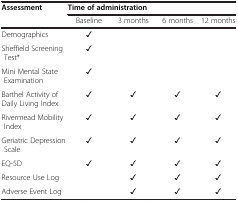
<table><thead><tr><td><b>Assessment</b></td><td colspan="4"><b>Time of administration</b></td></tr><tr><td><b> </b></td><td><b>Baseline</b></td><td><b>3 months</b></td><td><b>6 months</b></td><td><b>12 months</b></td></tr></thead><tbody><tr><td>Demographics</td><td>✓</td><td> </td><td> </td><td> </td></tr><tr><td>Sheffield Screening Test*</td><td>✓</td><td> </td><td> </td><td> </td></tr><tr><td>Mini Mental State Examination</td><td>✓</td><td> </td><td> </td><td> </td></tr><tr><td>Barthel Activity of Daily Living Index</td><td>✓</td><td>✓</td><td>✓</td><td>✓</td></tr><tr><td>Rivermead Mobility Index</td><td>✓</td><td>✓</td><td>✓</td><td>✓</td></tr><tr><td>Geriatric Depression Scale</td><td>✓</td><td>✓</td><td>✓</td><td>✓</td></tr><tr><td>EQ-5D</td><td>✓</td><td>✓</td><td>✓</td><td>✓</td></tr><tr><td>Resource Use Log</td><td> </td><td>✓</td><td>✓</td><td>✓</td></tr><tr><td>Adverse Event Log</td><td> </td><td>✓</td><td>✓</td><td>✓</td></tr></tbody></table>